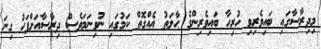
މިދިރާސާގައި ބައިވެރިވި ހުރިހާ ބައިވެރިންގެ ޙާލަތު އެއްގޮތް ކަމުގައި ނުވިނަމަވެސް ދިރާސާއަށްފަހު ގިނަ